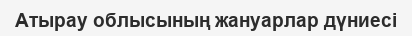
Атырау облысының жануарлар дүниесі